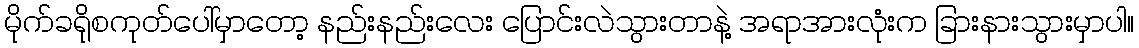
မိုက်ခရိုစကုတ်ပေါ်မှာတော့ နည်းနည်းလေး ပြောင်းလဲသွားတာနဲ့ အရာအားလုံးက ခြားနားသွားမှာပါ။